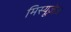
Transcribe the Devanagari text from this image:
मिस्यूज़ेज़